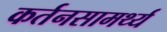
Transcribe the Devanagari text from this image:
कर्तनसामर्थ्य